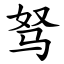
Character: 驽